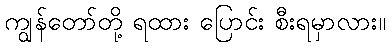
ကျွန်တော်တို့ ရထား ပြောင်း စီးရမှာလား။